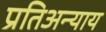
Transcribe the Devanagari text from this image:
प्रतिअन्याय